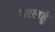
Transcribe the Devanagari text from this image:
परलहूं